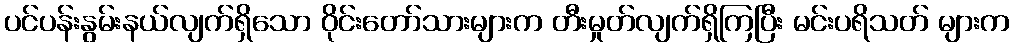
ပင်ပန်းနွမ်းနယ်လျက်ရှိသော ဝိုင်းတော်သားများက တီးမှုတ်လျက်ရှိကြပြီး မင်းပရိသတ် များက